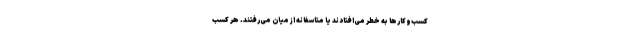
کسب‌وکارها به خطر می‌افتادند یا متاسفانه از میان می‌رفتند. هر کسب